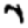
Digit: 7